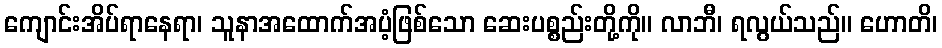
ကျောင်းအိပ်ရာနေရာ၊ သူနာအထောက်အပံ့ဖြစ်သော ဆေးပစ္စည်းတို့ကို။ လာဘီ၊ ရလွယ်သည်။ ဟောတိ၊